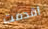
أقدمت